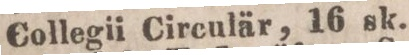
Collegii Circulär, 16 sk.